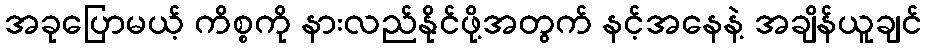
အခုပြောမယ့် ကိစ္စကို နားလည်နိုင်ဖို့အတွက် နင့်အနေနဲ့ အချိန်ယူချင်